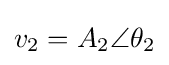
v_{2}=A_{2}\angle \theta _{2}